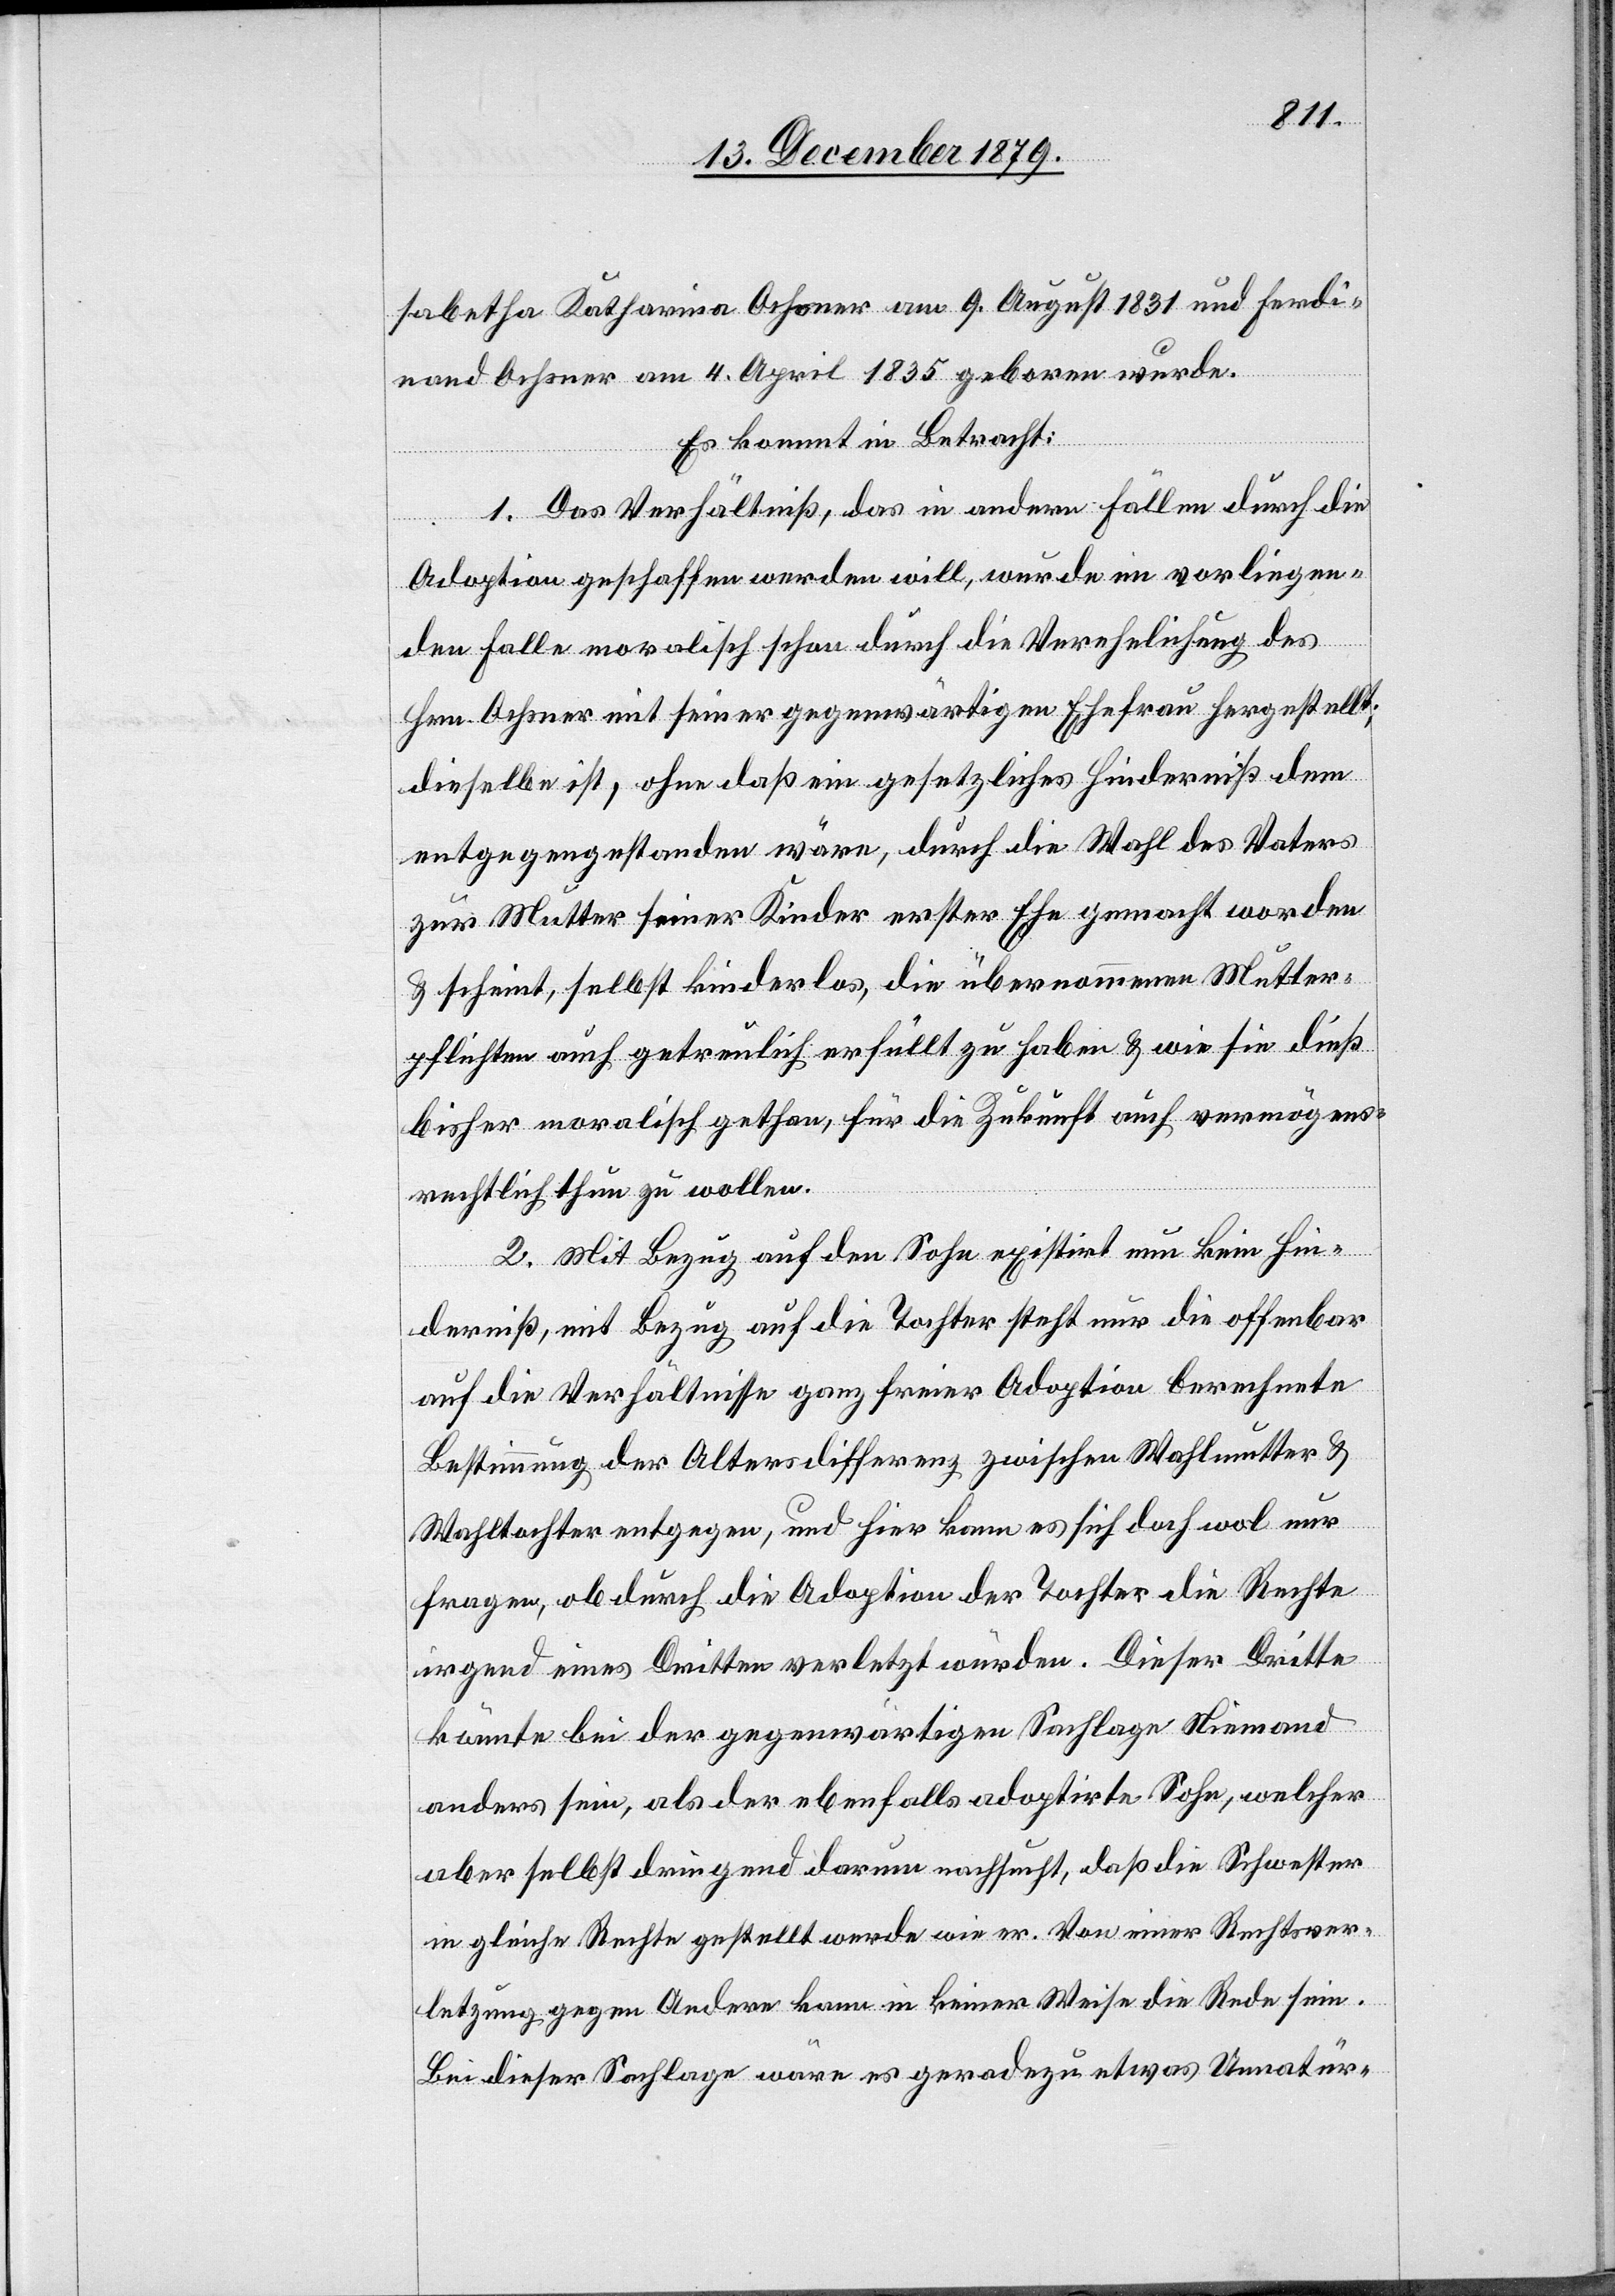
sabetha Katharina Ochsner am 9. August 1831 und Ferdi¬
nand Ochsner am 4. April 1835 geboren wurde.
Es kommt in Betracht:
1. Das Verhältniß, das in andern Fällen durch die
Adoption geschaffen werden will, wurde im vorliegen¬
den Falle moralisch schon durch die Verehelichung des
Hrn. Ochsner mit seiner gegenwärtigen Ehefrau hergestellt;
dieselbe ist, ohne daß ein gesetzliches Hinderniß dem
entgegengestanden wäre, durch die Wahl des Vaters
zur Mutter seiner Kinder erster Ehe gemacht worden
& scheint, selbst kinderlos, die übernommenen Mutter¬
pflichten auch getreulich erfüllt zu haben & wie sie dieß
bisher moralisch gethan, für die Zukunft auch vermögens¬
rechtlich thun zu wollen.
2. Mit Bezug auf den Sohn existirt nun kein Hin¬
derniß, mit Bezug auf die Tochter steht nur die offenbar
auf die Verhältnisse ganz freier Adoption berechnete
Bestimmung der Altersdifferenz zwischen Wahlmutter &
Wahltochter entgegen, und hier kann es sich doch wol nur
fragen, ob durch die Adoption der Tochter die Rechte
irgend eines Dritten verletzt würden. Dieser Dritte
könnte bei der gegenwärtigen Sachlage Niemand
anders sein, als der ebenfalls adoptirte Sohn, welcher
aber selbst dringend darum nachsucht, daß die Schwester
in gleiche Rechte gestellt werde wie er. Von einer Rechtsver¬
letzung gegen Andere kann in keiner Weise die Rede sein.
Bei dieser Sachlage wäre es geradezu etwas Unnatür-